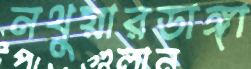
নথুয়ারডাঙ্গা